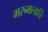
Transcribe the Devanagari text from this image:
मरुमलार्चि